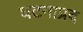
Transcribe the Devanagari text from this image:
घटनाप्रद